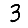
Digit: 3